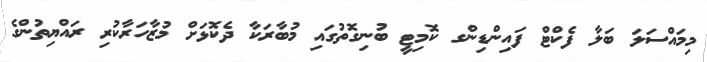
މިމައްސަލަ ބަލާ ފެކްޓް ފައިންޑިންގ ކޮމިޓީ ބުނިގޮތުގައި މުބާރަކާ ދެކޮޅަށް މުޒާހަރާކުރި ރައްޔިތުންގެ